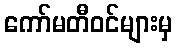
ကော်မတီဝင်များမှ